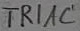
Text: TRIAC